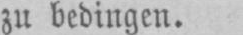
zu bedingen.